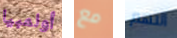
أولمبيا مع التهم